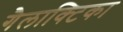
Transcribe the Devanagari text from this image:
गैलाक्टिका